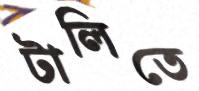
টালিতে